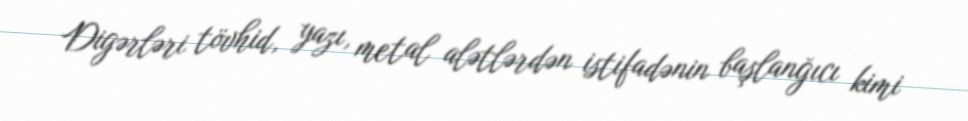
Digərləri tövhid, yazı, metal alətlərdən istifadənin başlanğıcı kimi